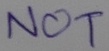
Text: NOT